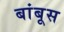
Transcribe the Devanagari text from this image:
बांबूस